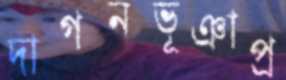
দাগনভূঞাপ্র